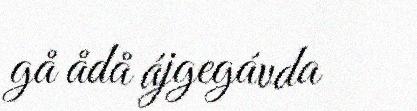
gå ådå ájgegávda